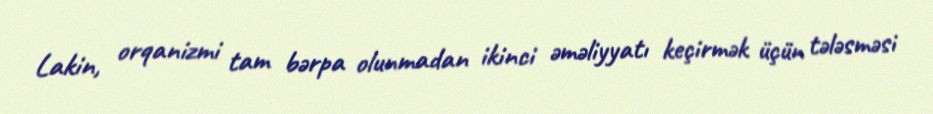
Lakin, orqanizmi tam bərpa olunmadan ikinci əməliyyatı keçirmək üçün tələsməsi